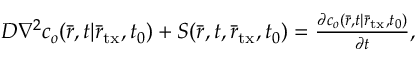
\begin{array} { r } { D { \nabla ^ { 2 } } c _ { o } ( \bar { r } , t | { { \bar { r } } _ { \mathrm { t x } } } , { t _ { 0 } } ) + S ( \bar { r } , t , { \bar { r } _ { \mathrm { t x } } } , t _ { 0 } ) = \frac { { \partial c _ { o } ( \bar { r } , t | { { \bar { r } } _ { \mathrm { t x } } } , { t _ { 0 } } ) } } { { \partial t } } , } \end{array}